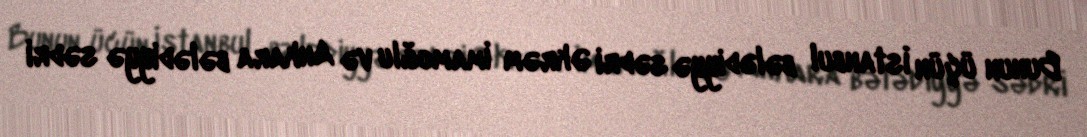
Bunun üçün İstanbul bələdiyyə sədri Əkrəm İmamoğlu və Ankara bələdiyyə sədri